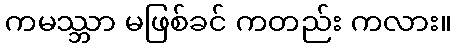
ကမဿ္ဘာ မဖြစ်ခင် ကတည်း ကလား။